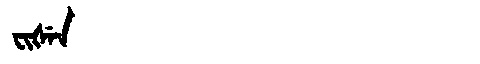
Manchu: ᠸᡳᡧᡝᠨ
Romanization: FIŠEN